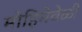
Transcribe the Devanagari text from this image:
मोहिमेवेळी